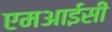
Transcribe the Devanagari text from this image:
एमआईसी